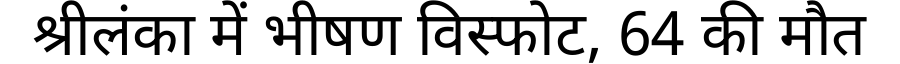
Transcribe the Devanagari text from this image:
श्रीलंका में भीषण विस्फोट, 64 की मौत